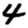
Digit: 4